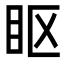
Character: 眍